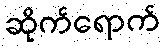
ဆိုက်ရောက်